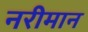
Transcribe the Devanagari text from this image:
नरीमान